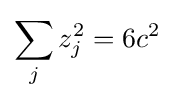
\sum _{j}z_{j}^{2}=6c^{2}